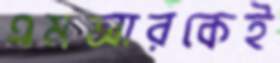
এমআরকেই